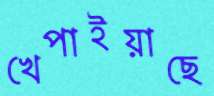
খেপাইয়াছে